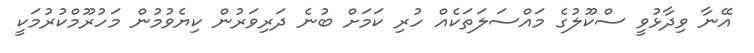
އޭނާ ވިދާޅުވީ ސްކޫލުގެ މައްސަލަތަކެއް ހުރި ކަމަށް ބުނެ ދަރިވަރުން ކިޔެވުމުން މަހުރޫމްކުރުމަކީ